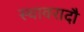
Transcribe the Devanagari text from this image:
स्थावरादौ